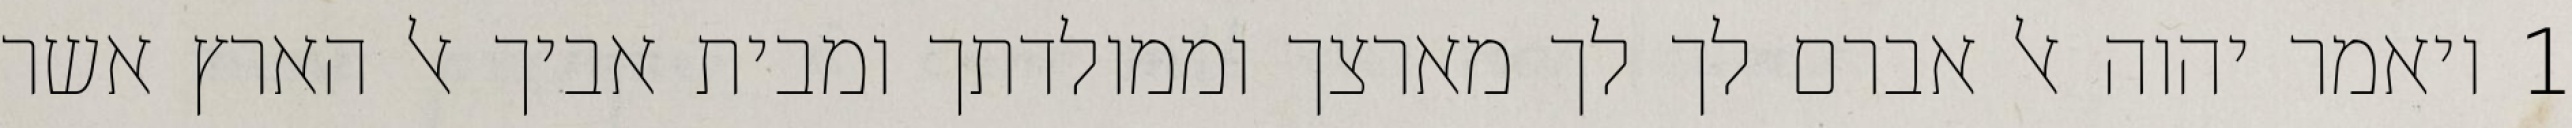
1 ויאמר יהוה אל אברם לך לך מארצך וממולדתך ומבית אביך אל הארץ אשר